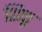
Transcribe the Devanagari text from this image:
शिफू